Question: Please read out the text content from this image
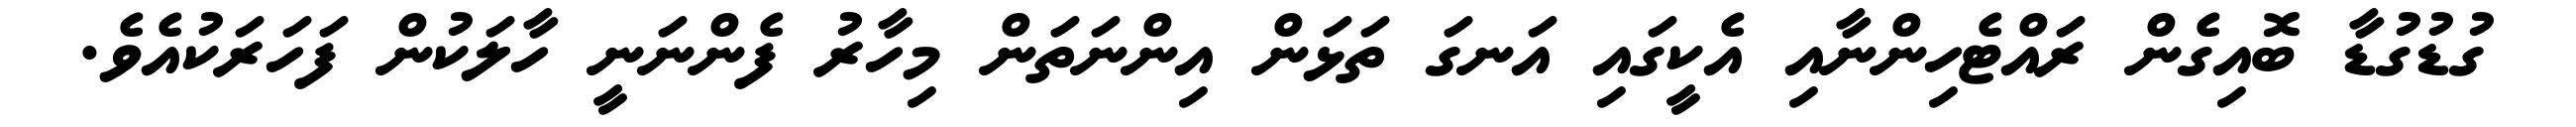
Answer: ގުޑުގުޑާ ބޮއިގެން ރައްޓެހިންނާއި އެކީގައި އަނގަ ތަޅަން އިންނަތަން މިހާރު ފެންނަނީ ހާލަކުން ފަހަރަކުއެވެ.